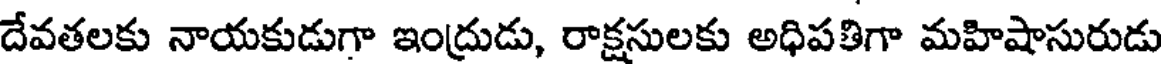
దేవతలకు నాయకుడుగా ఇంద్రుడు, రాక్షసులకు అధిపతిగా మహిషాసురుడు